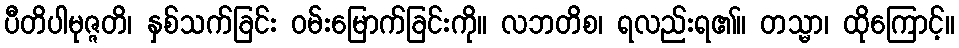
ပီတိပါမုဇ္ဇတိ၊ နှစ်သက်ခြင်း ဝမ်းမြောက်ခြင်းကို။ လဘတိစ၊ ရလည်းရ၏။ တသ္မာ၊ ထိုကြောင့်။